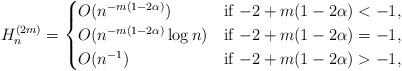
LaTeX: \begin{align*}H^{(2m)}_n = \begin{cases}O(n^{-m(1-2\alpha) }) &\mbox{if $-2+m(1-2\alpha)<-1$}, \\O(n^{-m(1-2\alpha) }\log n) &\mbox{if $-2+m(1-2\alpha)=-1$}, \\O(n^{-1}) &\mbox{if $-2+m(1-2\alpha)>-1$}, \end{cases}\end{align*}